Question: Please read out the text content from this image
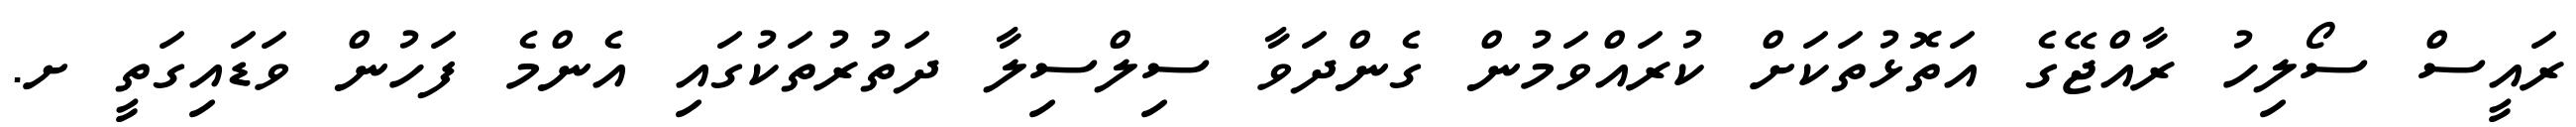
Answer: ރައީސް ސޯލިހު ރާއްޖޭގެ އަތޮޅުތަކަށް ކުރައްވަމުން ގެންދަވާ ސިލްސިލާ ދަތުރުތަކުގައި އެންމެ ފަހުން ވަޑައިގަތީ ށ.